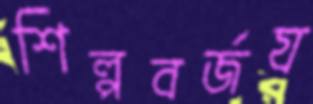
শিল্পবর্জয